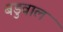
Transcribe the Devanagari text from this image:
बडुवाल